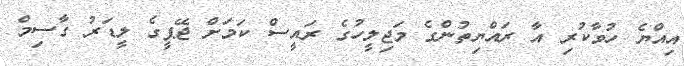
އިއްޔެ ހުވާކުރި އާ ރައްޔިތުންގެ މަޖިލީހުގެ ރައީސް ކަމަށް ޖޭޕީގެ ލީޑަރު ގާސިމް